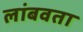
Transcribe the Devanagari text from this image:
लांबवता